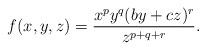
LaTeX: \begin{align*}f(x,y,z)=\dfrac{x^{p}y^{q}(by+cz)^r}{z^{p+q+r}}.\end{align*}